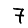
Digit: 7